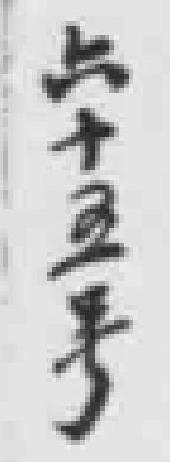
六十五号